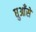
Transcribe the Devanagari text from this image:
धुआँसे